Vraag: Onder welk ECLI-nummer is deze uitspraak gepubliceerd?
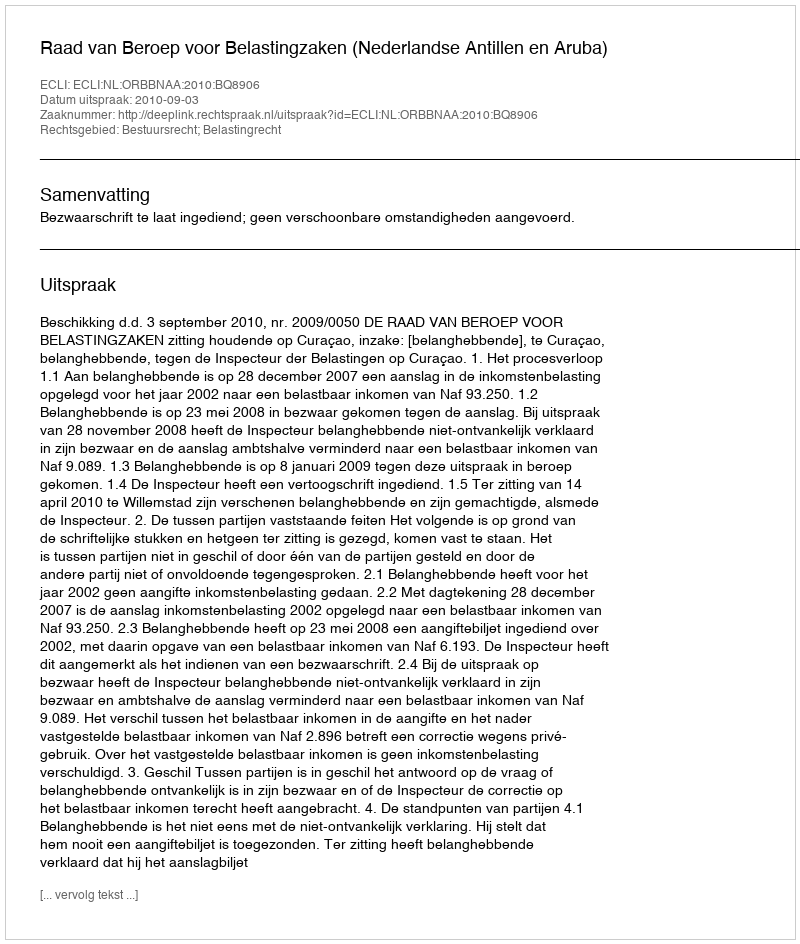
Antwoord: ECLI:NL:ORBBNAA:2010:BQ8906